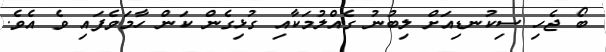
ބޯ ޖެހި ސިކުނޑިއަށް ލިބުނު ގެއްލުމަކާއި ގުޅިގެން ކަން ހާމަވެފައި ވެ އެވެ.